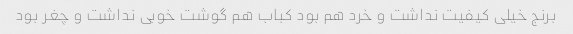
برنج خیلی کیفیت نداشت و خرد هم بود کباب هم گوشت خوبی نداشت و چغر بود